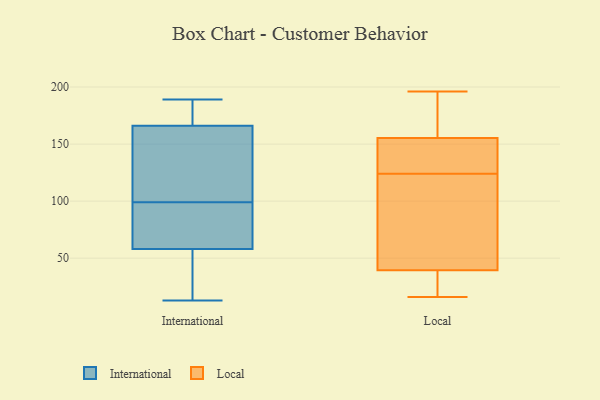
{"axis": {"x": "LTV (USD)", "y": "Value"}, "legend": ["International", "Local"], "data": [{"x": "", "y": 58, "type": "International"}, {"x": "", "y": 110, "type": "International"}, {"x": "", "y": 13, "type": "International"}, {"x": "", "y": 72, "type": "International"}, {"x": "", "y": 117, "type": "International"}, {"x": "", "y": 144, "type": "International"}, {"x": "", "y": 22, "type": "International"}, {"x": "", "y": 132, "type": "International"}, {"x": "", "y": 166, "type": "International"}, {"x": "", "y": 189, "type": "International"}, {"x": "", "y": 169, "type": "International"}, {"x": "", "y": 170, "type": "International"}, {"x": "", "y": 88, "type": "International"}, {"x": "", "y": 29, "type": "International"}, {"x": "", "y": 172, "type": "International"}, {"x": "", "y": 82, "type": "International"}, {"x": "", "y": 41, "type": "International"}, {"x": "", "y": 71, "type": "International"}, {"x": "", "y": 125, "type": "Local"}, {"x": "", "y": 31, "type": "Local"}, {"x": "", "y": 121, "type": "Local"}, {"x": "", "y": 73, "type": "Local"}, {"x": "", "y": 126, "type": "Local"}, {"x": "", "y": 196, "type": "Local"}, {"x": "", "y": 145, "type": "Local"}, {"x": "", "y": 16, "type": "Local"}, {"x": "", "y": 124, "type": "Local"}, {"x": "", "y": 186, "type": "Local"}, {"x": "", "y": 40, "type": "Local"}, {"x": "", "y": 194, "type": "Local"}, {"x": "", "y": 38, "type": "Local"}]}